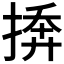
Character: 𪮓